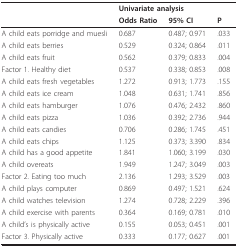
<table><thead><tr><td></td><td colspan="3"><b>Univariate analysis</b></td></tr><tr><td></td><td><b>Odds Ratio</b></td><td><b>95% CI</b></td><td><b>P</b></td></tr></thead><tbody><tr><td>A child eats porridge and muesli</td><td>0.687</td><td>0.487; 0.971</td><td>.033</td></tr><tr><td>A child eats berries</td><td>0.529</td><td>0.324; 0.864</td><td>.011</td></tr><tr><td>A child eats fruit</td><td>0.562</td><td>0.379; 0.833</td><td>.004</td></tr><tr><td>Factor 1. Healthy diet</td><td>0.537</td><td>0.338; 0.853</td><td>.008</td></tr><tr><td>A child eats fresh vegetables</td><td>1.272</td><td>0.913; 1.773</td><td>.155</td></tr><tr><td>A child eats ice cream</td><td>1.048</td><td>0.631; 1.741</td><td>.856</td></tr><tr><td>A child eats hamburger</td><td>1.076</td><td>0.476; 2.432</td><td>.860</td></tr><tr><td>A child eats pizza</td><td>1.036</td><td>0.392; 2.736</td><td>.944</td></tr><tr><td>A child eats candies</td><td>0.706</td><td>0.286; 1.745</td><td>.451</td></tr><tr><td>A child eats chips</td><td>1.125</td><td>0.373; 3.390</td><td>.834</td></tr><tr><td>A child has a good appetite</td><td>1.841</td><td>1.060; 3.199</td><td>.030</td></tr><tr><td>A child overeats</td><td>1.949</td><td>1.247; 3.049</td><td>.003</td></tr><tr><td>Factor 2. Eating too much</td><td>2.136</td><td>1.293; 3.529</td><td>.003</td></tr><tr><td>A child plays computer</td><td>0.869</td><td>0.497; 1.521</td><td>.624</td></tr><tr><td>A child watches television</td><td>1.274</td><td>0.728; 2.229</td><td>.396</td></tr><tr><td>A child exercise with parents</td><td>0.364</td><td>0.169; 0.781</td><td>.010</td></tr><tr><td>A child&#x27;s is physically active</td><td>0.155</td><td>0.053; 0.451</td><td>.001</td></tr><tr><td>Factor 3. Physically active</td><td>0.333</td><td>0.177; 0.627</td><td>.001</td></tr></tbody></table>